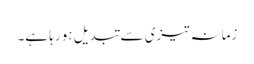
زمانہ تیزی سے تبدیل ہو رہا ہے۔